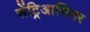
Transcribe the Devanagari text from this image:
सेंट्रिआसिनर